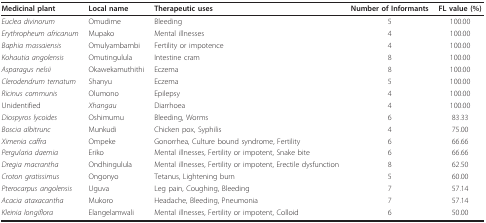
<table><thead><tr><td><b>Medicinal plant</b></td><td><b>Local name</b></td><td><b>Therapeutic uses</b></td><td><b>Number of Informants</b></td><td><b>FL value (%)</b></td></tr></thead><tbody><tr><td><i>Euclea divinorum</i></td><td>Omudime</td><td>Bleeding</td><td>5</td><td>100.00</td></tr><tr><td><i>Erythropheum africanum</i></td><td>Mupako</td><td>Mental illnesses</td><td>4</td><td>100.00</td></tr><tr><td><i>Baphia massaiensis</i></td><td>Omulyambambi</td><td>Fertility or impotence</td><td>4</td><td>100.00</td></tr><tr><td><i>Kohautia angolensis</i></td><td>Omutingulula</td><td>Intestine cram</td><td>8</td><td>100.00</td></tr><tr><td><i>Asparagus nelsii</i></td><td>Okawekamuthithi</td><td>Eczema</td><td>8</td><td>100.00</td></tr><tr><td><i>Clerodendrum ternatum</i></td><td>Shanyu</td><td>Eczema</td><td>5</td><td>100.00</td></tr><tr><td><i>Ricinus communis</i></td><td>Olumono</td><td>Epilepsy</td><td>4</td><td>100.00</td></tr><tr><td>Unidentified</td><td><i>Xhangau</i></td><td>Diarrhoea</td><td>4</td><td>100.00</td></tr><tr><td><i>Diospyros lycoides</i></td><td>Oshimumu</td><td>Bleeding, Worms</td><td>6</td><td>83.33</td></tr><tr><td><i>Boscia albitrunc</i></td><td>Munkudi</td><td>Chicken pox, Syphilis</td><td>4</td><td>75.00</td></tr><tr><td><i>Ximenia caffra</i></td><td>Ompeke</td><td>Gonorrhea, Culture bound syndrome, Fertility</td><td>6</td><td>66.66</td></tr><tr><td><i>Pergularia daemia</i></td><td>Eriko</td><td>Mental illnesses, Fertility or impotent, Snake bite</td><td>6</td><td>66.66</td></tr><tr><td><i>Dregia macrantha</i></td><td>Ondhingulula</td><td>Mental illnesses, Fertility or impotent, Erectile dysfunction</td><td>8</td><td>62.50</td></tr><tr><td><i>Croton gratissimus</i></td><td>Ongonyo</td><td>Tetanus, Lightening burn</td><td>5</td><td>60.00</td></tr><tr><td><i>Pterocarpus angolensis</i></td><td>Uguva</td><td>Leg pain, Coughing, Bleeding</td><td>7</td><td>57.14</td></tr><tr><td><i>Acacia ataxacantha</i></td><td>Mukoro</td><td>Headache, Bleeding, Pneumonia</td><td>7</td><td>57.14</td></tr><tr><td><i>Kleinia longiflora</i></td><td>Elangelamwali</td><td>Mental illnesses, Fertility or impotent, Colloid</td><td>6</td><td>50.00</td></tr></tbody></table>